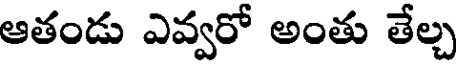
ఆతండు ఎవ్వరో అంతు తేల్చ